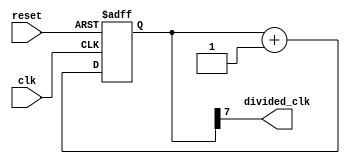
module ripple_counter_clock_divider (
    input wire clk,
    input wire reset,
    output wire divided_clk
);

reg [7:0] counter;

always @(posedge clk or posedge reset) begin
    if (reset) begin
        counter <= 8'h00; // specify the initial counter value here
    end else begin
        counter <= counter + 1;
    end
end

assign divided_clk = counter[7];

endmodule